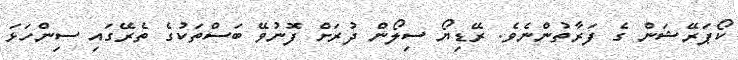
ކޯޕަރޭޝަން ގެ ފަރާތުންނެވެ. ރޭޑިޔޯ ސިލޯން ދުރަށް ފޮނުވޭ ބަސްތަކުގެ ތެރޭގައި ސިންހަޅަ